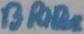
Text: BRIDGE